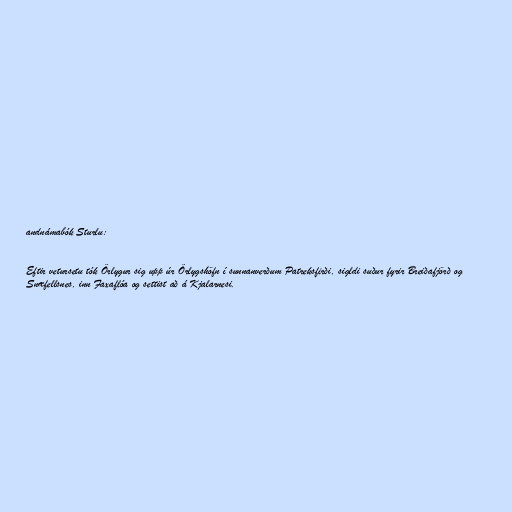
andnámabók Sturlu:

Eftir vetursetu tók Örlygur sig upp úr Örlygshöfn í sunnanverðum Patreksfirði, sigldi suður fyrir Breiðafjörð og
Snæfellsnes, inn Faxaflóa og settist að á Kjalarnesi.